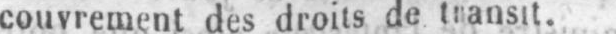
couvrement des droits de transit.